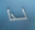
لذا